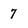
Character: 7